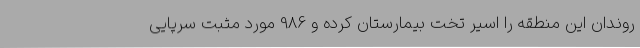
روندان این منطقه را اسیر تخت بیمارستان کرده و 986 مورد مثبت سرپایی